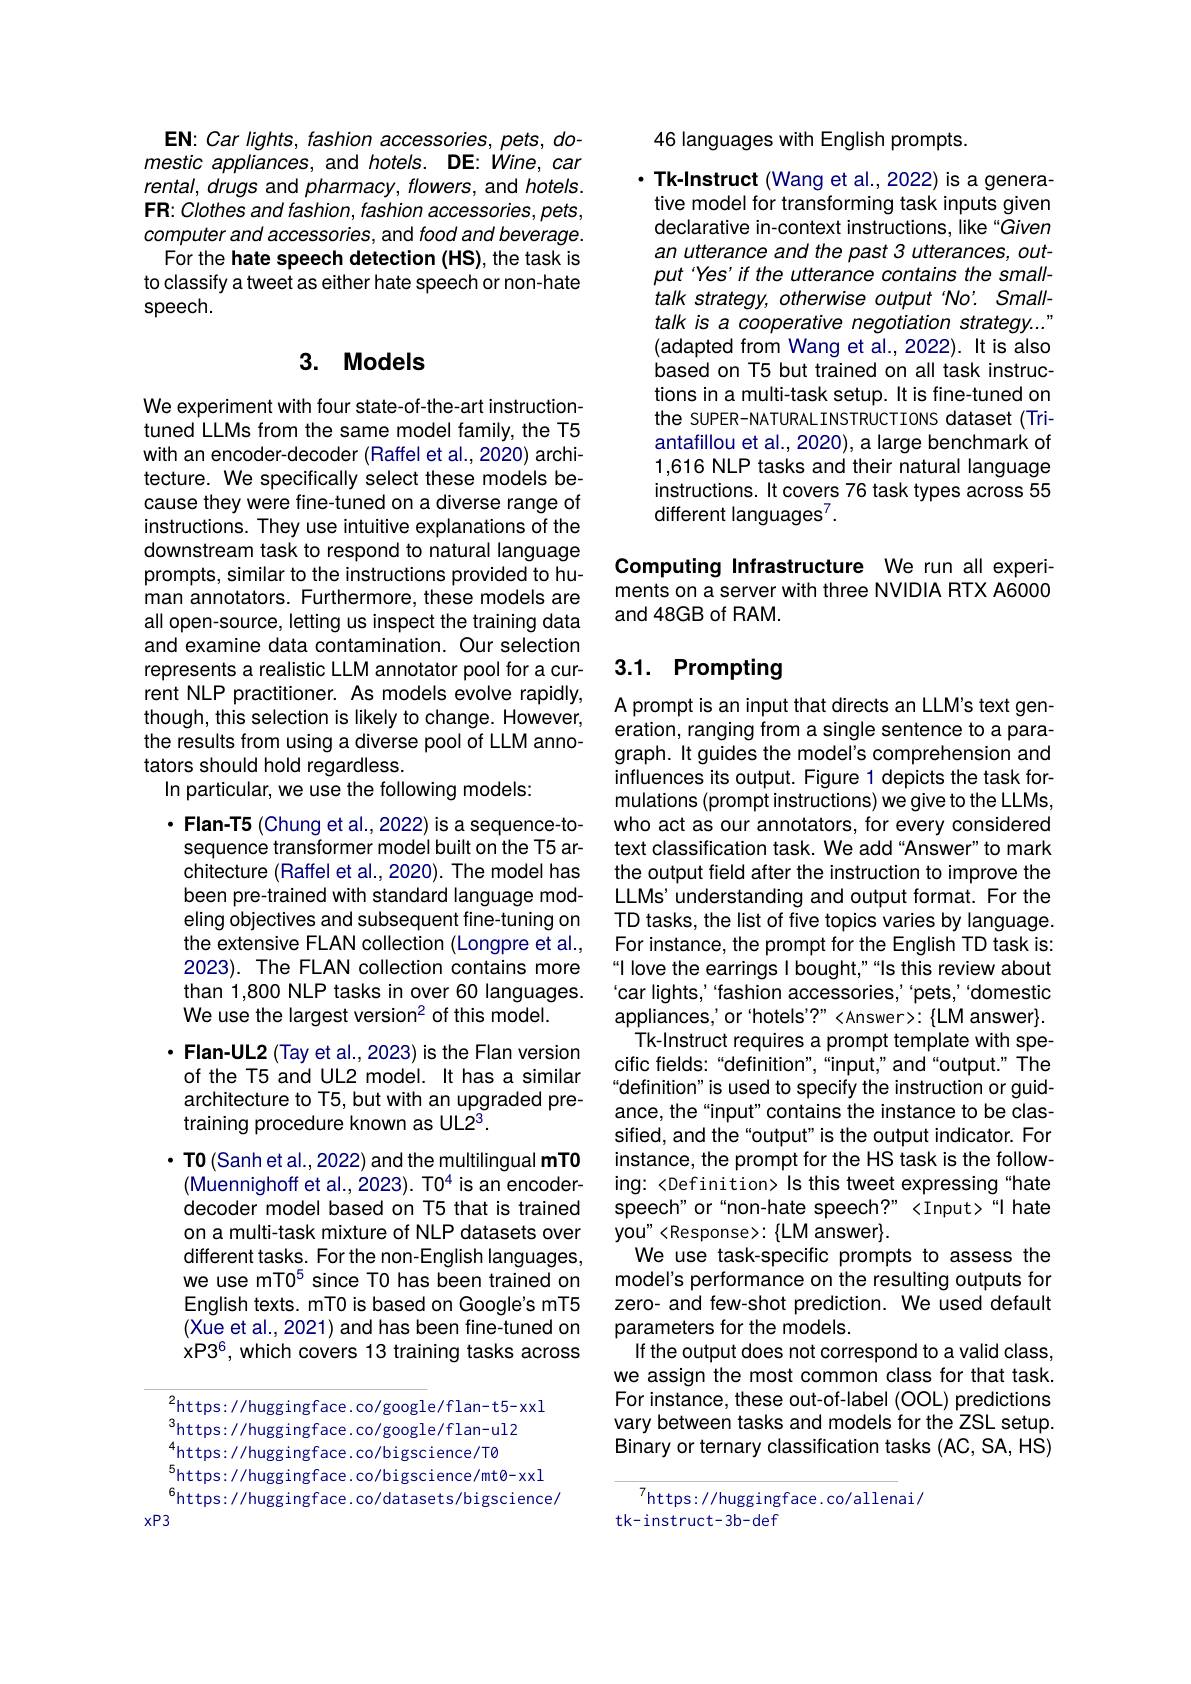
EN: Car lights, fashion accessories, pets, domestic appliances, and hotels. DE: Wine, car rental, drugs and pharmacy, flowers, and hotels. $\mathbf{FR:Clothes~and~fashion,~fashion~accessories,~pets,}$ computer and accessories, and food and beverage.
For the hate speech detection (HS), the task is to classify a tweet as either hate speech or non-hate speech.

## 3. Models

We experiment with four state-of-the-art instructiontuned LLMs from the same model family, the T5 with an encoder-decoder (Raffel et al., 2020) architecture. We specifically select these models because they were fine-tuned on a diverse range of instructions. They use intuitive explanations of the downstream task to respond to natural language prompts, similar to the instructions provided to human annotators. Furthermore, these models are all open-source, letting us inspect the training data and examine data contamination. Our selection represents a realistic LLM annotator pool for a current NLP practitioner. As models evolve rapidly, though, this selection is likely to change. However, the results from using a diverse pool of LLM annotators should hold regardless.
In particular, we use the following models:

$\cdot$ Flan-T5 (Chung et al., 2022) is a sequence-tosequence transformer model built on the T5 architecture (Raffel et al., 2020). The model has been pre-trained with standard language modeling objectives and subsequent fine-tuning on the extensive FLAN collection (Longpre et al., 2023). The FLAN collection contains more than 1,800 NLP tasks in over 60 languages. We use the largest version2 of this model.
$\cdot$ Flan-UL2 (Tay et al.,2023) is the Flan version of the T5 and UL2 model. It has a similar architecture to T5, but with an upgraded pretraining procedure known as UL23.

$\cdot$ TO (Sanh et al., 2022) and the multilingual mTO
(Muennighoff et al., 2023). T04 is an encoderdecoder model based on T5 that is trained on a multi-task mixture of NLP datasets over different tasks. For the non-English languages, we use mT0$^{5}$ since T0 has been trained on English texts. mT0 is based on Google's mT5 (Xue et al., 2021) and has been fine-tuned on xP36, which covers 13 training tasks across

${}_{2}$https://huggingface.co/google/flan-t5-xxl
$^{3}$https://huggingface.co/google/flan-ul2 $^{4}$https://huggingface.co/bigscience/T0 $_{c}^{5}$https://huggingface.co/bigscience/mtø-xxl $^{6}$https://huggingface.co/datasets/bigscience/
$xP3$

46 languages with English prompts.

$\cdot$ Tk-Instruct (Wang et al.,2022) is a generative model for transforming task inputs given declarative in-context instructions, like "Given an utterance and the past 3 utterances, output 'Yes' if the utterance contains the smalltalk strategy, otherwise output No'. Smalltalk is a cooperative negotiation strategy..." (adapted from Wang et al., 2022). It is also based on T5 but trained on all task instructions in a multi-task setup. It is fine-tuned on the SUPER-NATURALINSTRUCTIONS dataset (Triantafillou et al., 2020), a large benchmark of 1,616 NLP tasks and their natural language instructions. It covers 76 task types across 55 different languages$^7.$

Computing Infrastructure We run all experiments on a server with three NVIDIA RTX A6000 and 48GB of RAM.

## 3.1. Prompting

A prompt is an input that directs an LLM's text generation, ranging from a single sentence to a paragraph. It guides the model's comprehension and influences its output. Figure 1 depicts the task formulations (prompt instructions) we give to the LLMs, who act as our annotators, for every considered text classification task. We add“Answer”to mark the output field after the instruction to improve the LLMs' understanding and output format. For the TD tasks, the list of five topics varies by language. For instance, the prompt for the English TD task is: “I love the earrings I bought,”“Is this review about 'car lights, 'fashion accessories, 'pets, 'domestic appliances,' or'hotels'?" <Answer>: $\{$LM answer$\}.$ Tk-Instruct requires a prompt template with specific fields:“definition",“input,”and“output.” The definition" is used to specify the instruction or guidance, the "input" contains the instance to be classified, and the "output" is the output indicator. For instance, the prompt for the HS task is the following: <Definition> Is this tweet expressing "hate speech" or“non-hate speech?” <Input>“I hate you" <Response>: $\{$LM answer$\}.$
We use task-specific prompts to assess the model's performance on the resulting outputs for zero- and few-shot prediction. We used default parameters for the models.
If the output does not correspond to a valid class, we assign the most common class for that task For instance, these out-of-label (OOL) predictions vary between tasks and models for the ZSL setup. Binary or ternary classification tasks (AC, SA, HS)

7https://huggingface.co/allenai/
tk-instruct-3b-def